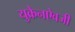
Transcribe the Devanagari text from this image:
युक्रेनऐवजी